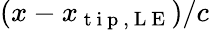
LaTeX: (x-x_{\mathrm{~t~i~p~,~L~E~}})/c